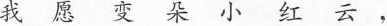
我愿变朵小红云，